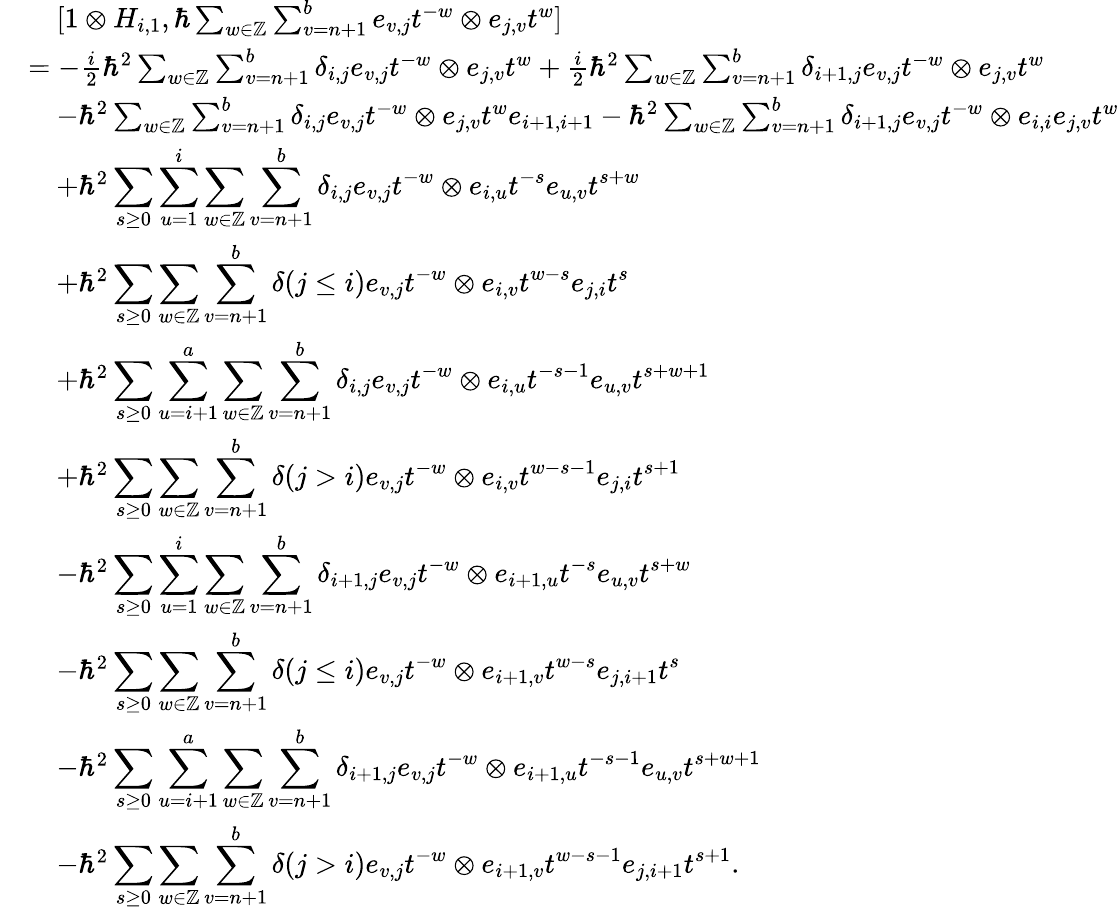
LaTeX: \begin{array}{rl}&{\quad[1\otimes H_{i,1},\hbar\sum_{w\in\mathbb{Z}}\sum_{v=n+1}^{b}e_{v,j}t^{-w}\otimes e_{j,v}t^{w}]}\\ &{=-\frac{i}{2}\hbar^{2}\sum_{w\in\mathbb{Z}}\sum_{v=n+1}^{b}\delta_{i,j}e_{v,j}t^{-w}\otimes e_{j,v}t^{w}+\frac{i}{2}\hbar^{2}\sum_{w\in\mathbb{Z}}\sum_{v=n+1}^{b}\delta_{i+1,j}e_{v,j}t^{-w}\otimes e_{j,v}t^{w}}\\ &{\quad-\hbar^{2}\sum_{w\in\mathbb{Z}}\sum_{v=n+1}^{b}\delta_{i,j}e_{v,j}t^{-w}\otimes e_{j,v}t^{w}e_{i+1,i+1}-\hbar^{2}\sum_{w\in\mathbb{Z}}\sum_{v=n+1}^{b}\delta_{i+1,j}e_{v,j}t^{-w}\otimes e_{i,i}e_{j,v}t^{w}}\\ &{\quad+\hbar^{2}\displaystyle\sum_{s\geq 0}\displaystyle\sum_{u=1}^{i}\sum_{w\in\mathbb{Z}}\sum_{v=n+1}^{b}\delta_{i,j}e_{v,j}t^{-w}\otimes e_{i,u}t^{-s}e_{u,v}t^{s+w}}\\ &{\quad+\hbar^{2}\displaystyle\sum_{s\geq 0}\sum_{w\in\mathbb{Z}}\sum_{v=n+1}^{b}\delta(j\leq i)e_{v,j}t^{-w}\otimes e_{i,v}t^{w-s}e_{j,i}t^{s}}\\ &{\quad+\hbar^{2}\displaystyle\sum_{s\geq 0}\displaystyle\sum_{u=i+1}^{a}\sum_{w\in\mathbb{Z}}\sum_{v=n+1}^{b}\delta_{i,j}e_{v,j}t^{-w}\otimes e_{i,u}t^{-s-1}e_{u,v}t^{s+w+1}}\\ &{\quad+\hbar^{2}\displaystyle\sum_{s\geq 0}\sum_{w\in\mathbb{Z}}\sum_{v=n+1}^{b}\delta(j>i)e_{v,j}t^{-w}\otimes e_{i,v}t^{w-s-1}e_{j,i}t^{s+1}}\\ &{\quad-\hbar^{2}\displaystyle\sum_{s\geq 0}\displaystyle\sum_{u=1}^{i}\sum_{w\in\mathbb{Z}}\sum_{v=n+1}^{b}\delta_{i+1,j}e_{v,j}t^{-w}\otimes e_{i+1,u}t^{-s}e_{u,v}t^{s+w}}\\ &{\quad-\hbar^{2}\displaystyle\sum_{s\geq 0}\sum_{w\in\mathbb{Z}}\sum_{v=n+1}^{b}\delta(j\leq i)e_{v,j}t^{-w}\otimes e_{i+1,v}t^{w-s}e_{j,i+1}t^{s}}\\ &{\quad-\hbar^{2}\displaystyle\sum_{s\geq 0}\displaystyle\sum_{u=i+1}^{a}\sum_{w\in\mathbb{Z}}\sum_{v=n+1}^{b}\delta_{i+1,j}e_{v,j}t^{-w}\otimes e_{i+1,u}t^{-s-1}e_{u,v}t^{s+w+1}}\\ &{\quad-\hbar^{2}\displaystyle\sum_{s\geq 0}\sum_{w\in\mathbb{Z}}\sum_{v=n+1}^{b}\delta(j>i)e_{v,j}t^{-w}\otimes e_{i+1,v}t^{w-s-1}e_{j,i+1}t^{s+1}.}\end{array}